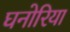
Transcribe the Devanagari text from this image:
घनोरिया